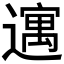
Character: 𫑈